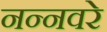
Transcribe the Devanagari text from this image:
नन्नवरे